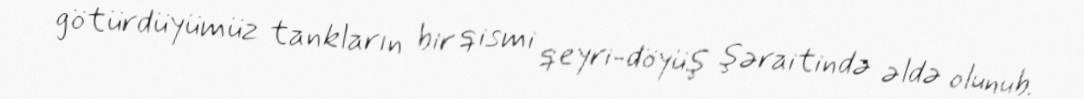
götürdüyümüz tankların bir qismi qeyri-döyüş şəraitində əldə olunub.